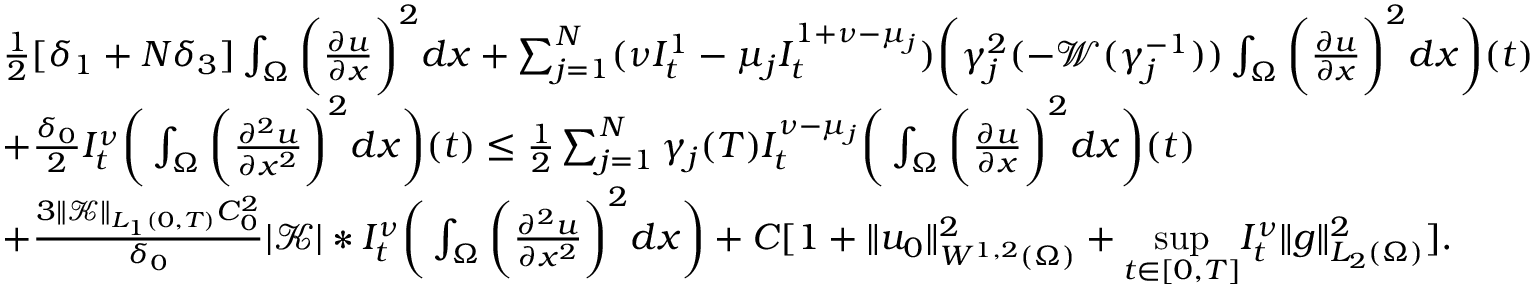
\begin{array} { r l } & { \frac { 1 } { 2 } [ \delta _ { 1 } + N \delta _ { 3 } ] \int _ { \Omega } \bigg ( \frac { \partial u } { \partial x } \bigg ) ^ { 2 } d x + \sum _ { j = 1 } ^ { N } ( \nu I _ { t } ^ { 1 } - \mu _ { j } I _ { t } ^ { 1 + \nu - \mu _ { j } } ) \bigg ( \gamma _ { j } ^ { 2 } ( - \mathcal { W } ( \gamma _ { j } ^ { - 1 } ) ) \int _ { \Omega } \bigg ( \frac { \partial u } { \partial x } \bigg ) ^ { 2 } d x \bigg ) ( t ) } \\ & { + \frac { \delta _ { 0 } } { 2 } I _ { t } ^ { \nu } \bigg ( \int _ { \Omega } \bigg ( \frac { \partial ^ { 2 } u } { \partial x ^ { 2 } } \bigg ) ^ { 2 } d x \bigg ) ( t ) \leq \frac { 1 } { 2 } \sum _ { j = 1 } ^ { N } \gamma _ { j } ( T ) I _ { t } ^ { \nu - \mu _ { j } } \bigg ( \int _ { \Omega } \bigg ( \frac { \partial u } { \partial x } \bigg ) ^ { 2 } d x \bigg ) ( t ) } \\ & { + \frac { 3 \| \mathcal { K } \| _ { L _ { 1 } ( 0 , T ) } C _ { 0 } ^ { 2 } } { \delta _ { 0 } } | \mathcal { K } | * I _ { t } ^ { \nu } \bigg ( \int _ { \Omega } \bigg ( \frac { \partial ^ { 2 } u } { \partial x ^ { 2 } } \bigg ) ^ { 2 } d x \bigg ) + C [ 1 + \| u _ { 0 } \| _ { W ^ { 1 , 2 } ( \Omega ) } ^ { 2 } + \underset { t \in [ 0 , T ] } { \operatorname* { s u p } } I _ { t } ^ { \nu } \| g \| _ { L _ { 2 } ( \Omega ) } ^ { 2 } ] . } \end{array}